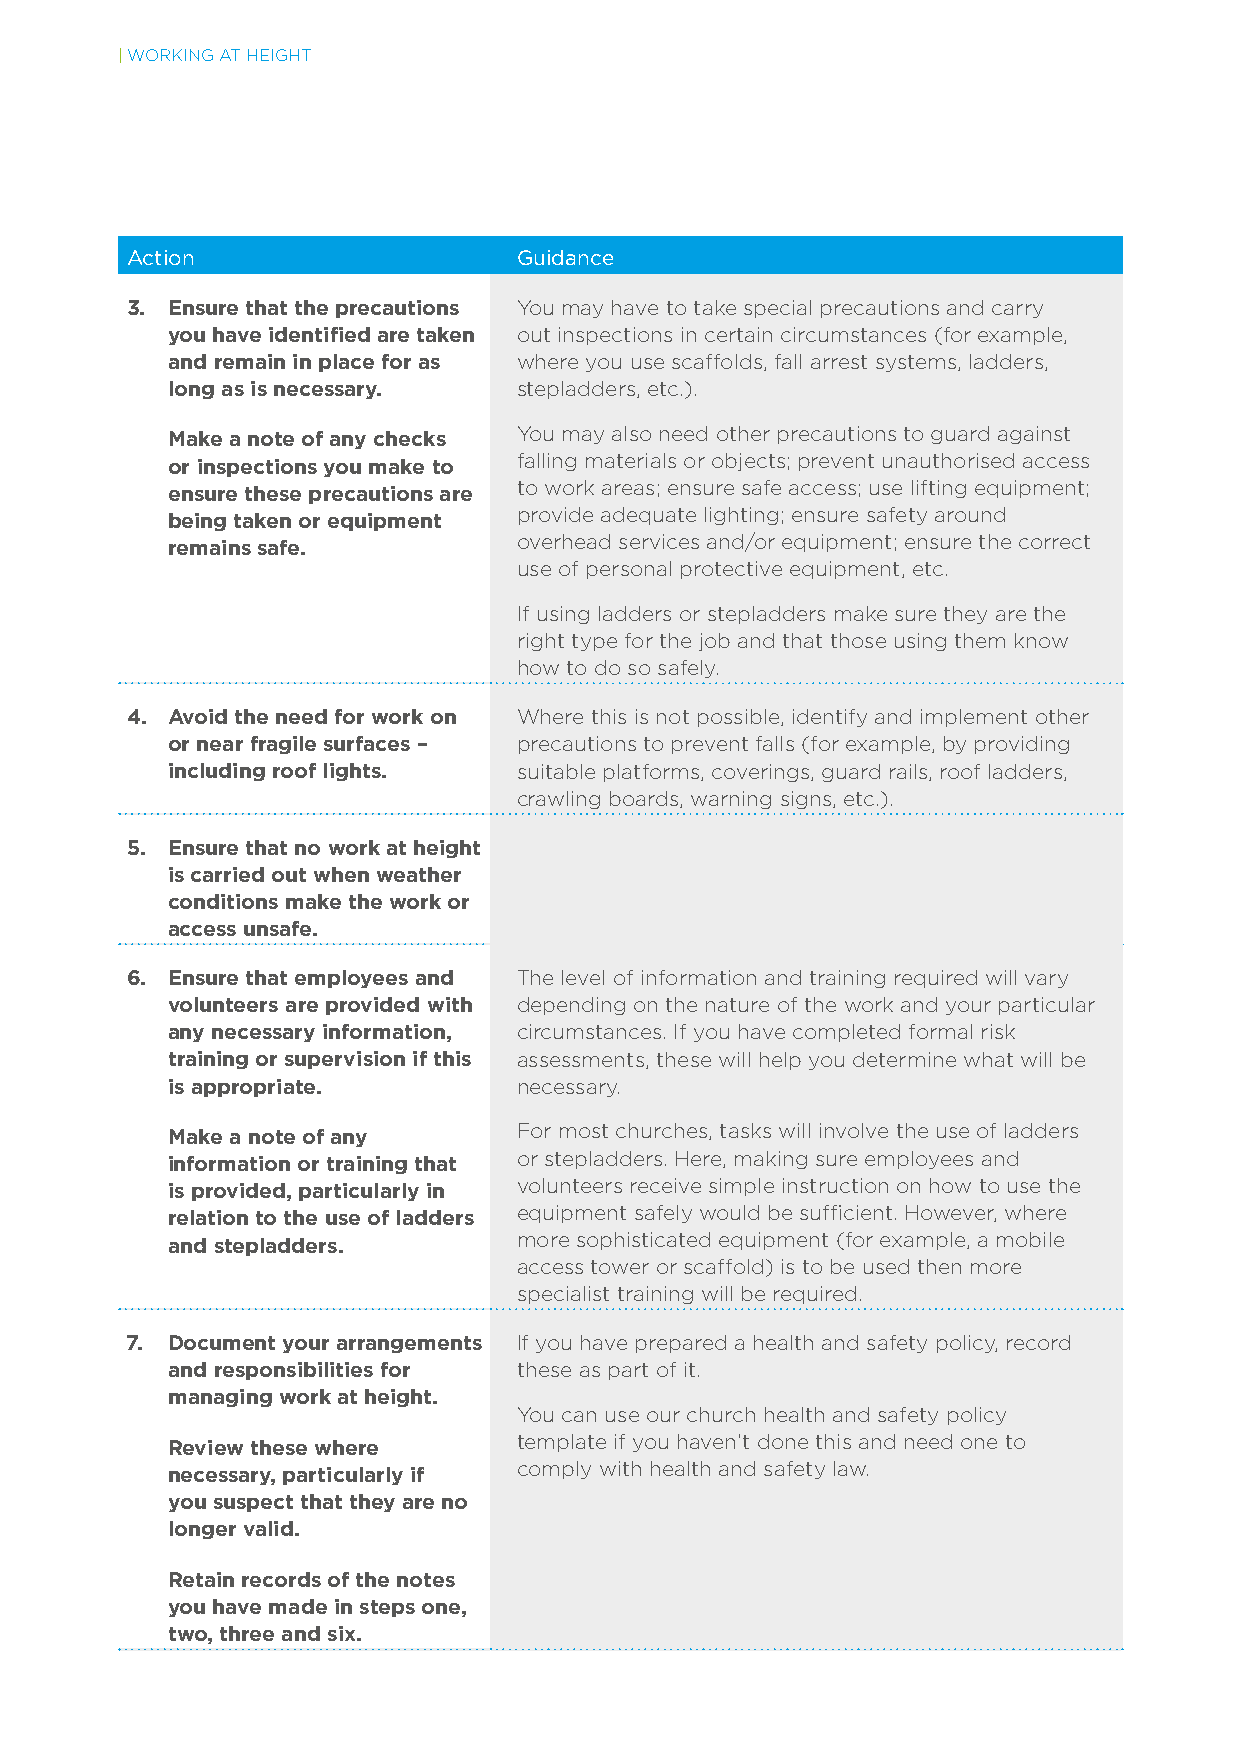
| WORKING AT HEIGHT
 Action                    Guidance
 3. E nsure that the precautions You may have to take special precautions and carry
 you have identifed are taken out inspections in certain circumstances (for example,
 and remain in place for as where you use scaffolds, fall arrest systems, ladders,
 long as is necessary.  stepladders, etc.).
 M ake a note of any checks You may also need other precautions to guard against
 or inspections you make to falling materials or objects; prevent unauthorised access
 ensure these precautions are to work areas; ensure safe access; use lifting equipment;
 being taken or equipment provide adequate lighting; ensure safety around
 remains safe.          overhead services and/or equipment; ensure the correct
 use of personal protective equipment, etc.
 If using ladders or stepladders make sure they are the
 right type for the job and that those using them know
 how to do so safely.
 4. A void the need for work on Where this is not possible, identify and implement other
 or near fragile surfaces – precautions to prevent falls (for example, by providing
 including roof lights. suitable platforms, coverings, guard rails, roof ladders,
 crawling boards, warning signs, etc.).
 5. E nsure that no work at height
 is carried out when weather
 conditions make the work or
 access unsafe.
 6. E nsure that employees and The level of information and training required will vary
 volunteers are provided with depending on the nature of the work and your particular
 any necessary information, circumstances. If you have completed formal risk
 training or supervision if this assessments, these will help you determine what will be
 is appropriate.        necessary.
 M ake a note of any    For most churches, tasks will involve the use of ladders
 information or training that or stepladders. Here, making sure employees and
 is provided, particularly in volunteers receive simple instruction on how to use the
 relation to the use of ladders equipment safely would be suffcient. However, where
 and stepladders.       more sophisticated equipment (for example, a mobile
 access tower or scaffold) is to be used then more
 specialist training will be required.
 7. D ocument your arrangements If you have prepared a health and safety policy, record
 and responsibilities for these as part of it.
 managing work at height.
 You can use our church health and safety policy
 R eview these where    template if you haven’t done this and need one to
 necessary, particularly if comply with health and safety law.
 you suspect that they are no
 longer valid.
 R etain records of the notes
 you have made in steps one,
 two, three and six.